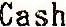
CASH